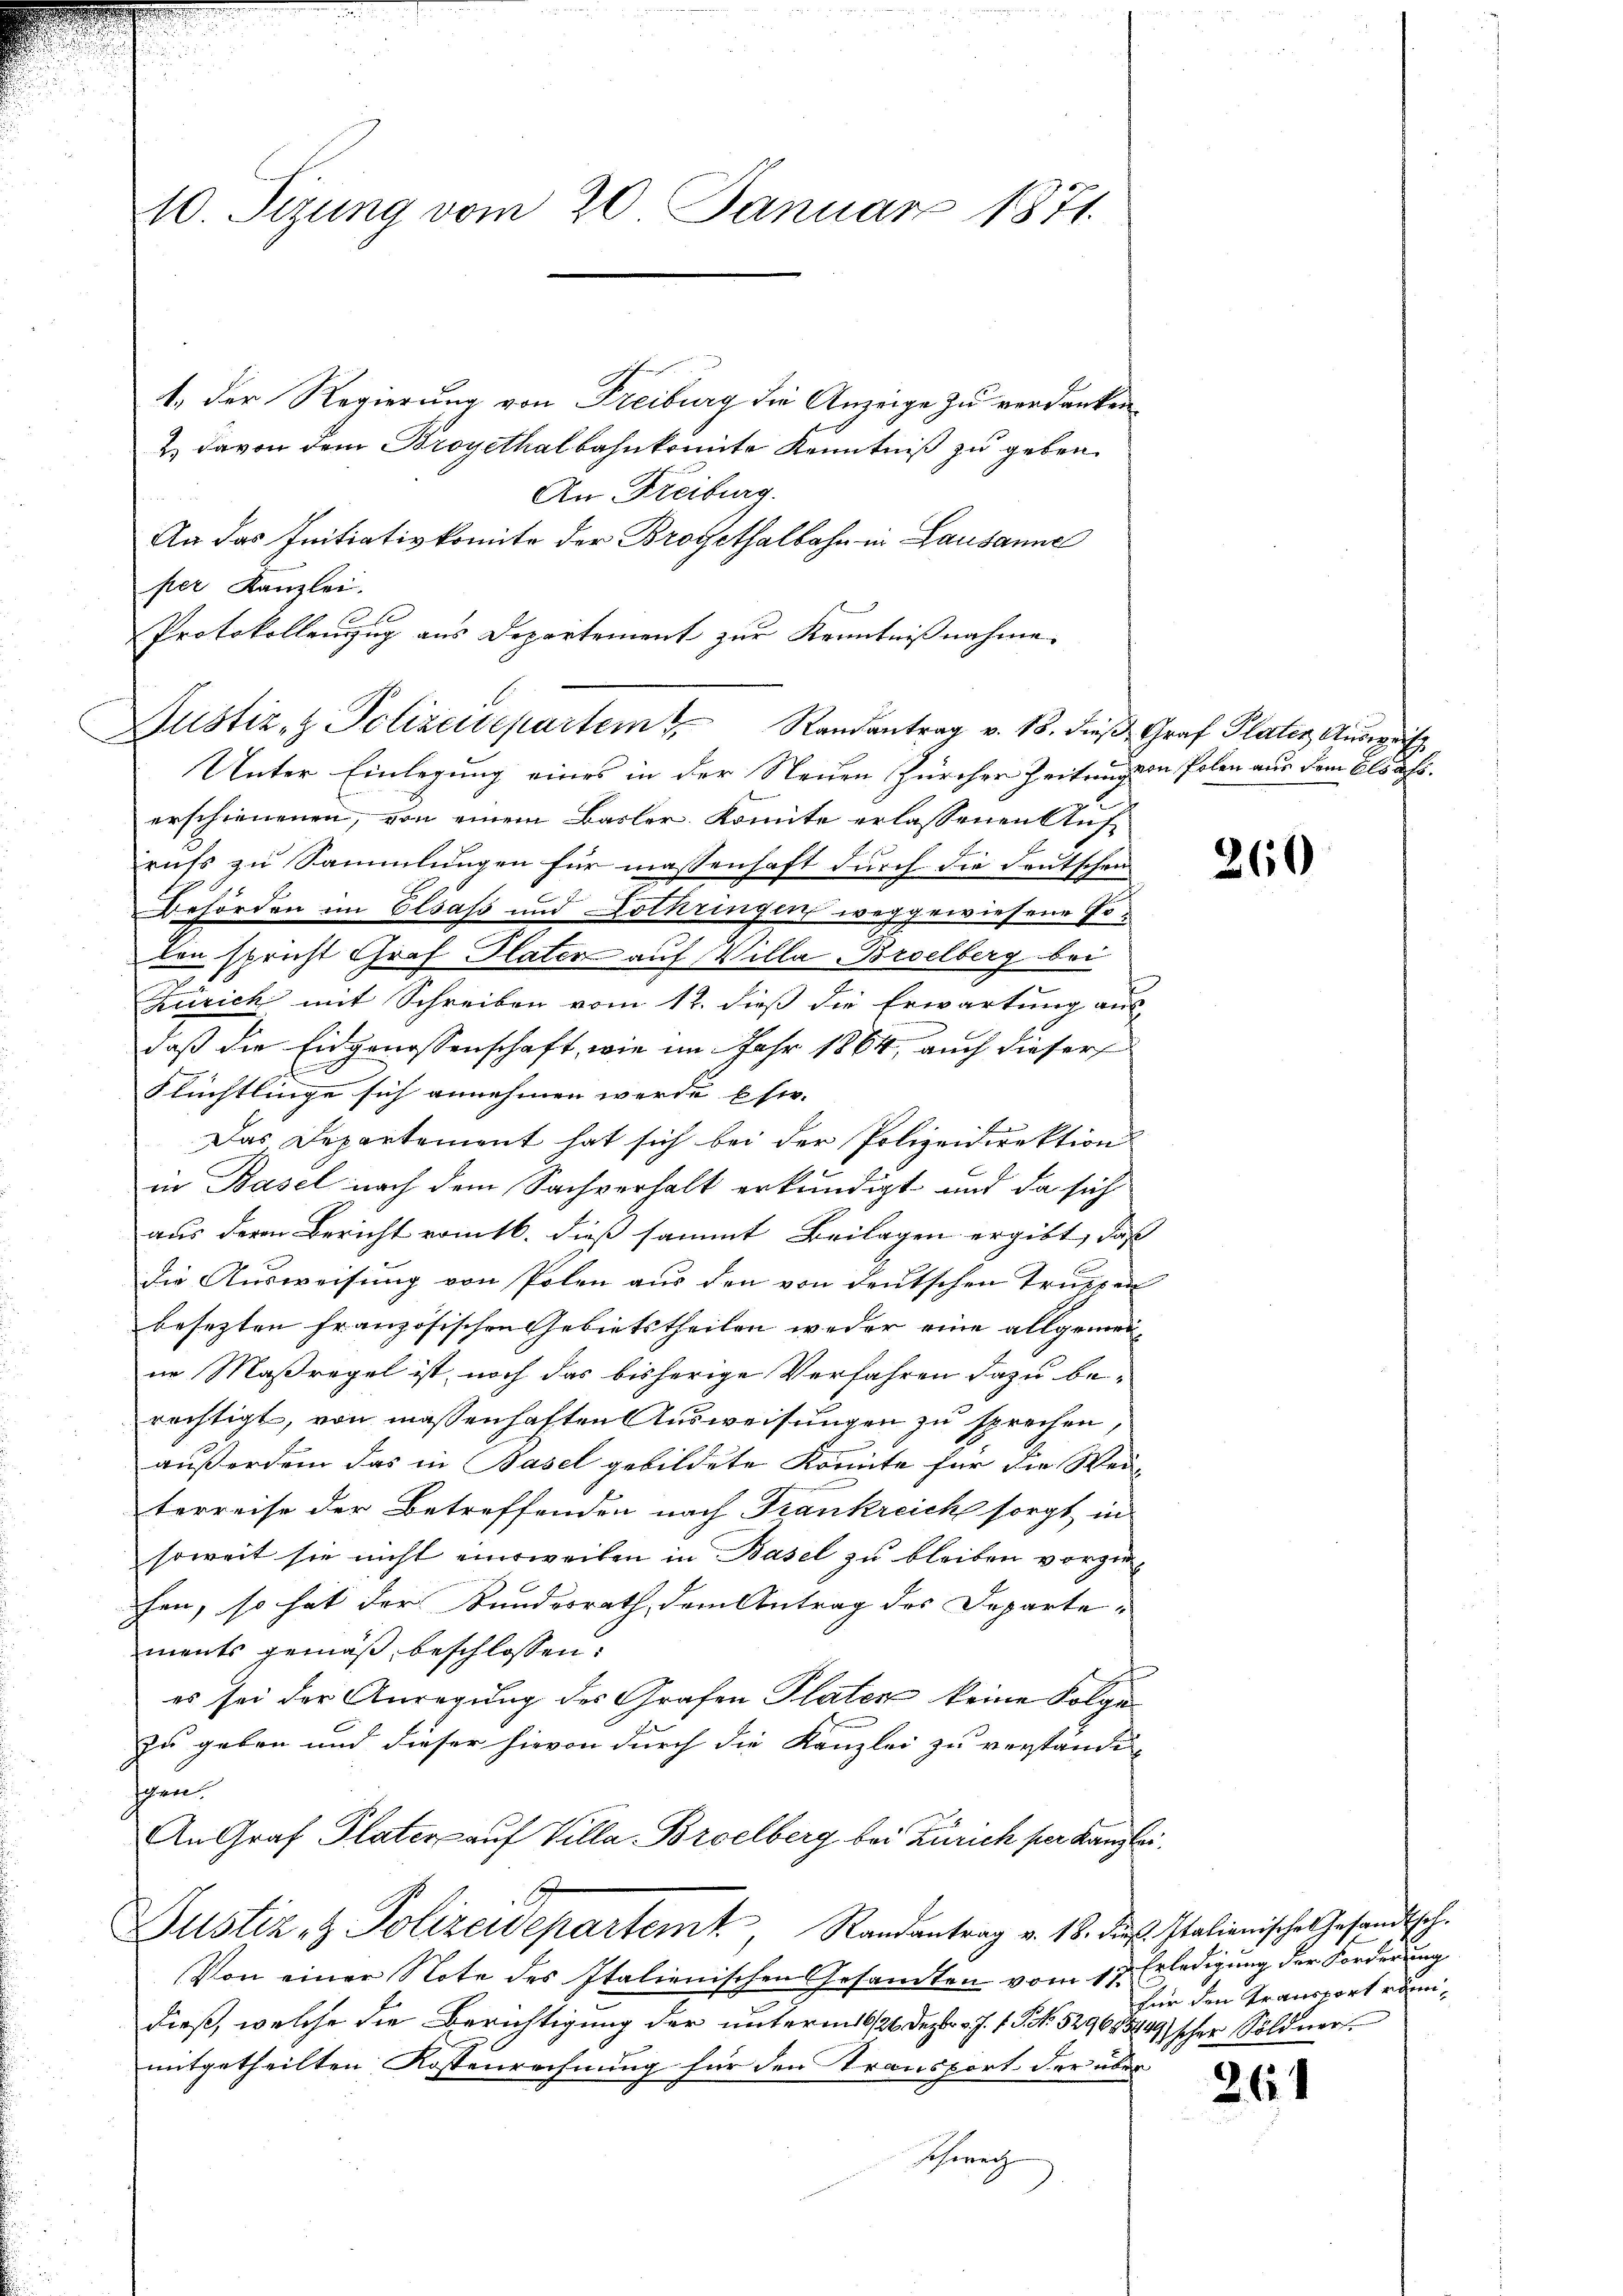
10. Sizung vom 20. Januar 1871.

1.) Der Regierung von Freiburg die Anzeige zu verdanken.
2 davon dem Broyethalbahnkomite Kenntniß zu geben.
An Freiburg.
An das Initiativkomite der Brogethalbahn in Lausanne
per Kanzlei.
Protokollenzug aus Departement zur Kenntnißnahme.
Justiz- & Polizeidepartem Randantrag v. 18. dieβ Graf Plater Aŭsweis
Unter Einlegung eines in der Neuen Zürcher Zeitungen Polen aus dem Elsass.
erschienenen, von einem Basler Komite erlassenen Auf-
rufs zu Sammlungen für massenhaft durch die Deutschen
Behörden im Elsass und Lothringen weggewiesene Poken spricht Graf Platen auf Villa Broelberg bei
.
Zürich mit Schreiben vom 12. dieß die Erwartung aus-
daß die Eidgenossenschaft, wie im Jahr 1864, auch dieser
Flüchtlinge sich annehmen werde sie.
Das Departement hat sich bei der Polizeidirektion
in Basel nach dem Sachverhalt erkundigt und da sich
aus deren Bericht vom 16. dieß sammt Beilagen ergibt, daß
die Ausweisung von Polen aus den von deutschen Truppen
besezten französischen Gebietstheilen weder eine allgemeinne Maßregel ist, noch das bisherige Verfahren dazu be-
rechtigt, von massenhaften Ausweisungen zu sprechen,
außerdem das in Basel gebildete Komite für die Wei-
terreise der Betreffenden nach Frankreich sorgt, in
soweit sie nicht einsweilen in Basel zu bleiben vorzufen, so hat der Bundesrath, dem Antrag des Departe-
ments gemäß, beschlossen:
es sei der Anregung des Grafen Plater keine Folge
zu geben und dieser hievon durch die Kanzlei zu verständig
hten.
An Graf Plater auf Villa-Brselberg bei Zürich per Kanzlei.
Justiz- & Polizeidepartemt, Randantrag v. 18. ds. Italienische Gesandtsch.
Von einer Note des Italienischen Gesandten vom 17. Erledigung der Forderung
dieß, welche die Berichtigung der unterm 16/26. Dezbr. v. J. f. S. 52968849) scher Söldner
mitgetheilten Kostenrechnung für den Transport der über
Therech

260

für den Transport eini¬

261